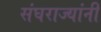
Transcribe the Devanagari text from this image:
संघराज्यांनी